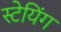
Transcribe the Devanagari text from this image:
स्टेयिंग